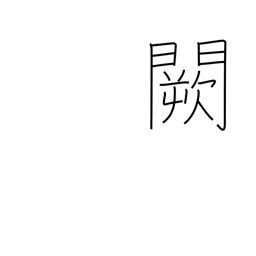
Meaning: imperial palace